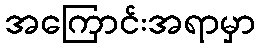
အကြောင်းအရာမှာ